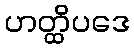
ဟတ္ထိပဒေ